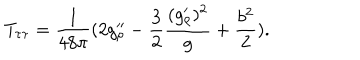
T _ { \tau \tau } = { \frac { 1 } { 4 8 \pi } } ( 2 g _ { \rho } ^ { \prime \prime } - { \frac { 3 } { 2 } } { \frac { ( g _ { \rho } ^ { \prime } ) ^ { 2 } } { g } } + { \frac { b ^ { 2 } } { 2 } } ) .